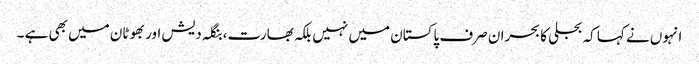
انہوں نے کہا کہ بجلی کا بحران صرف پاکستان میں نہیں بلکہ بھارت،بنگلہ دیش اور بھوٹان میں بھی ہے ۔